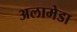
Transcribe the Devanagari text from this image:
अलामेडा